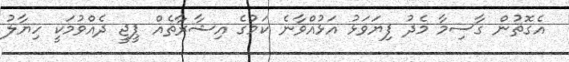
އެގޮތުން ގާސިމާ މެދު ފިޔަވަޅު އަޅުއްވާނެ ކަމުގެ އިޝާރާތެއް ޕީޖީ ދެއްވުމަކީ ހިޔާލު